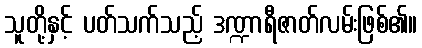
သူတို့နှင့် ပတ်သက်သည့် ဒဏ္ဍာရီဇာတ်လမ်းဖြစ်၏။